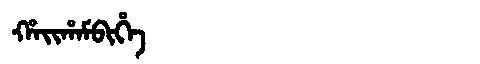
Manchu: ᡥᠠᡳᡥᠠᠮᠪᡳᡥᡝ
Romanization: HAIHAMBIHE